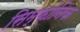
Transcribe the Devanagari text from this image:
सिम्फ़ोनिक